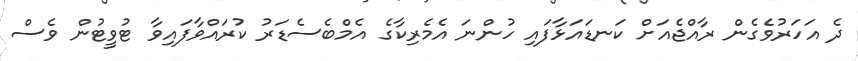
ދެ އަހަރުވެގެން ރާއްޖެއަށް ކަނޑައަޅާފައި ހުންނަ އެމެރިކާގެ އެމްބެސެޑަރު ކުރައްވާފައިވާ ޓުވީޓުން ވެސް